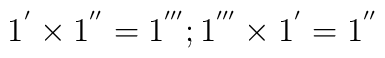
1^{'} \times 1^{''} = 1^{'''} ; 1^{'''} \times 1^{'} = 1^{''}